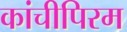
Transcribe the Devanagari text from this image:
कांचीपिरम